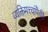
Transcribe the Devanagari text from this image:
व्यक्तिमत्त्वांपैकी